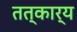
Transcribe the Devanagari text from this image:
तत्कार्य